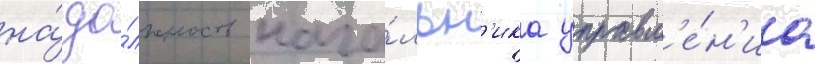
на́ до́лжность нача́льн'ика управл'е́н'иа